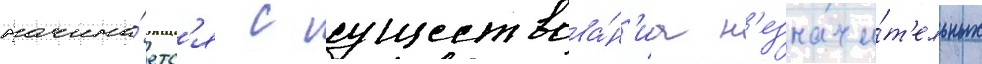
начина́етс'я с существова́н'иа н'езначи́т'ельных